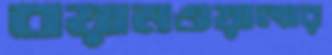
বয়ামওয়ালার